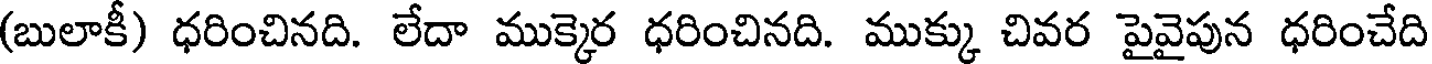
(బులాకీ) ధరించినది. లేదా ముక్కెర ధరించినది. ముక్కు చివర పైవైపున ధరించేది